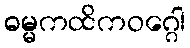
ဓမ္မကထိကဝဂ္ဂေါ